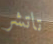
تاتشر